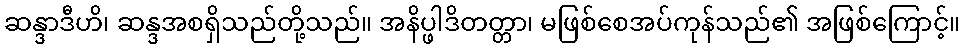
ဆန္ဒာဒီဟိ၊ ဆန္ဒအစရှိသည်တို့သည်။ အနိပ္ဖါဒိတတ္တာ၊ မဖြစ်စေအပ်ကုန်သည်၏ အဖြစ်ကြောင့်။